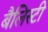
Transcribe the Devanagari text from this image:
बैलिस्टी